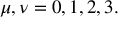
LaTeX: \mu , \nu = 0 , 1 , 2 , 3 .